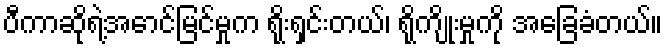
ပီကာဆိုရဲ့အောင်မြင်မှုက ရိုးရှင်းတယ်၊ ရိုကျိုးမှုကို အခြေခံတယ်။